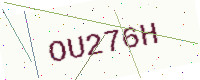
Text: OU276H